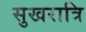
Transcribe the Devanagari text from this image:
सुखरात्रि